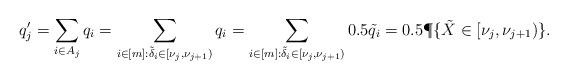
LaTeX: \begin{align*}q'_j &= \sum_{i \in A_j} q_i = \sum_{i \in [m]: \tilde{\delta}_i \in [\nu_j, \nu_{j+1})} q_i = \sum_{i \in [m]: \tilde{\delta}_i \in [\nu_j, \nu_{j+1})} 0.5 \tilde{q}_i= 0.5 \P\{ \tilde{X} \in [\nu_j, \nu_{j+1} )\}.\end{align*}